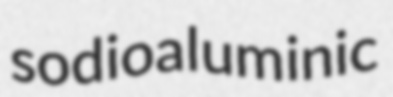
sodioaluminic